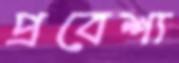
প্রবেশ্য